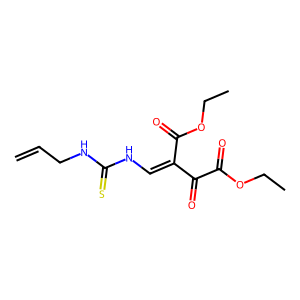
SMILES: C=CCNC(=S)NC=C(C(=O)OCC)C(=O)C(=O)OCC
Inhibits HIV replication: No